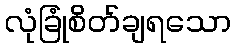
လုံခြုံစိတ်ချရသော